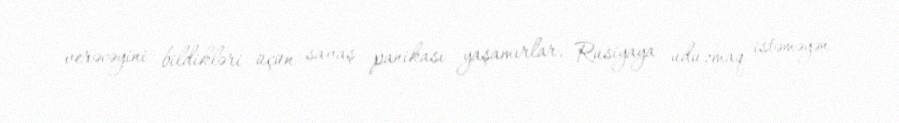
verəcəyini bildikləri üçün savaş panikası yaşamırlar, Rusiyaya uduzmaq istəməyən